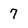
Character: 7